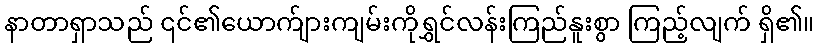
နာတာရှာသည် ၎င်၏ယောက်ျားကျမ်းကိုရွှင်လန်းကြည်နူးစွာ ကြည့်လျက် ရှိ၏။